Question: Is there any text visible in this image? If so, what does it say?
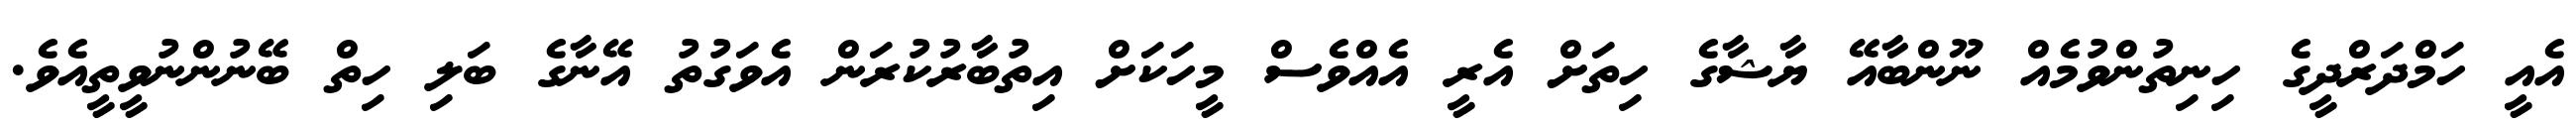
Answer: އެއީ ހަމްދަރްދީގެ ހިނިތުންވުމެއް ނޫންބާއޭ ޔާޝާގެ ހިތަށް އެރީ އެއްވެސް މީހަކަށް އިތުބާރުކުރަން އެވަގުތު އޭނާގެ ބަލި ހިތް ބޭނުންނުވީތީއެވެ.